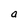
Character: a